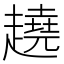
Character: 趬